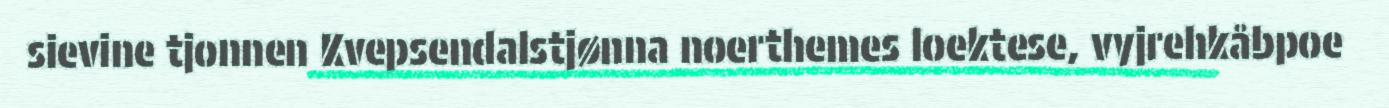
sievine tjonnen Kvepsendalstjønna noerthemes loektese, vyjrehkåbpoe